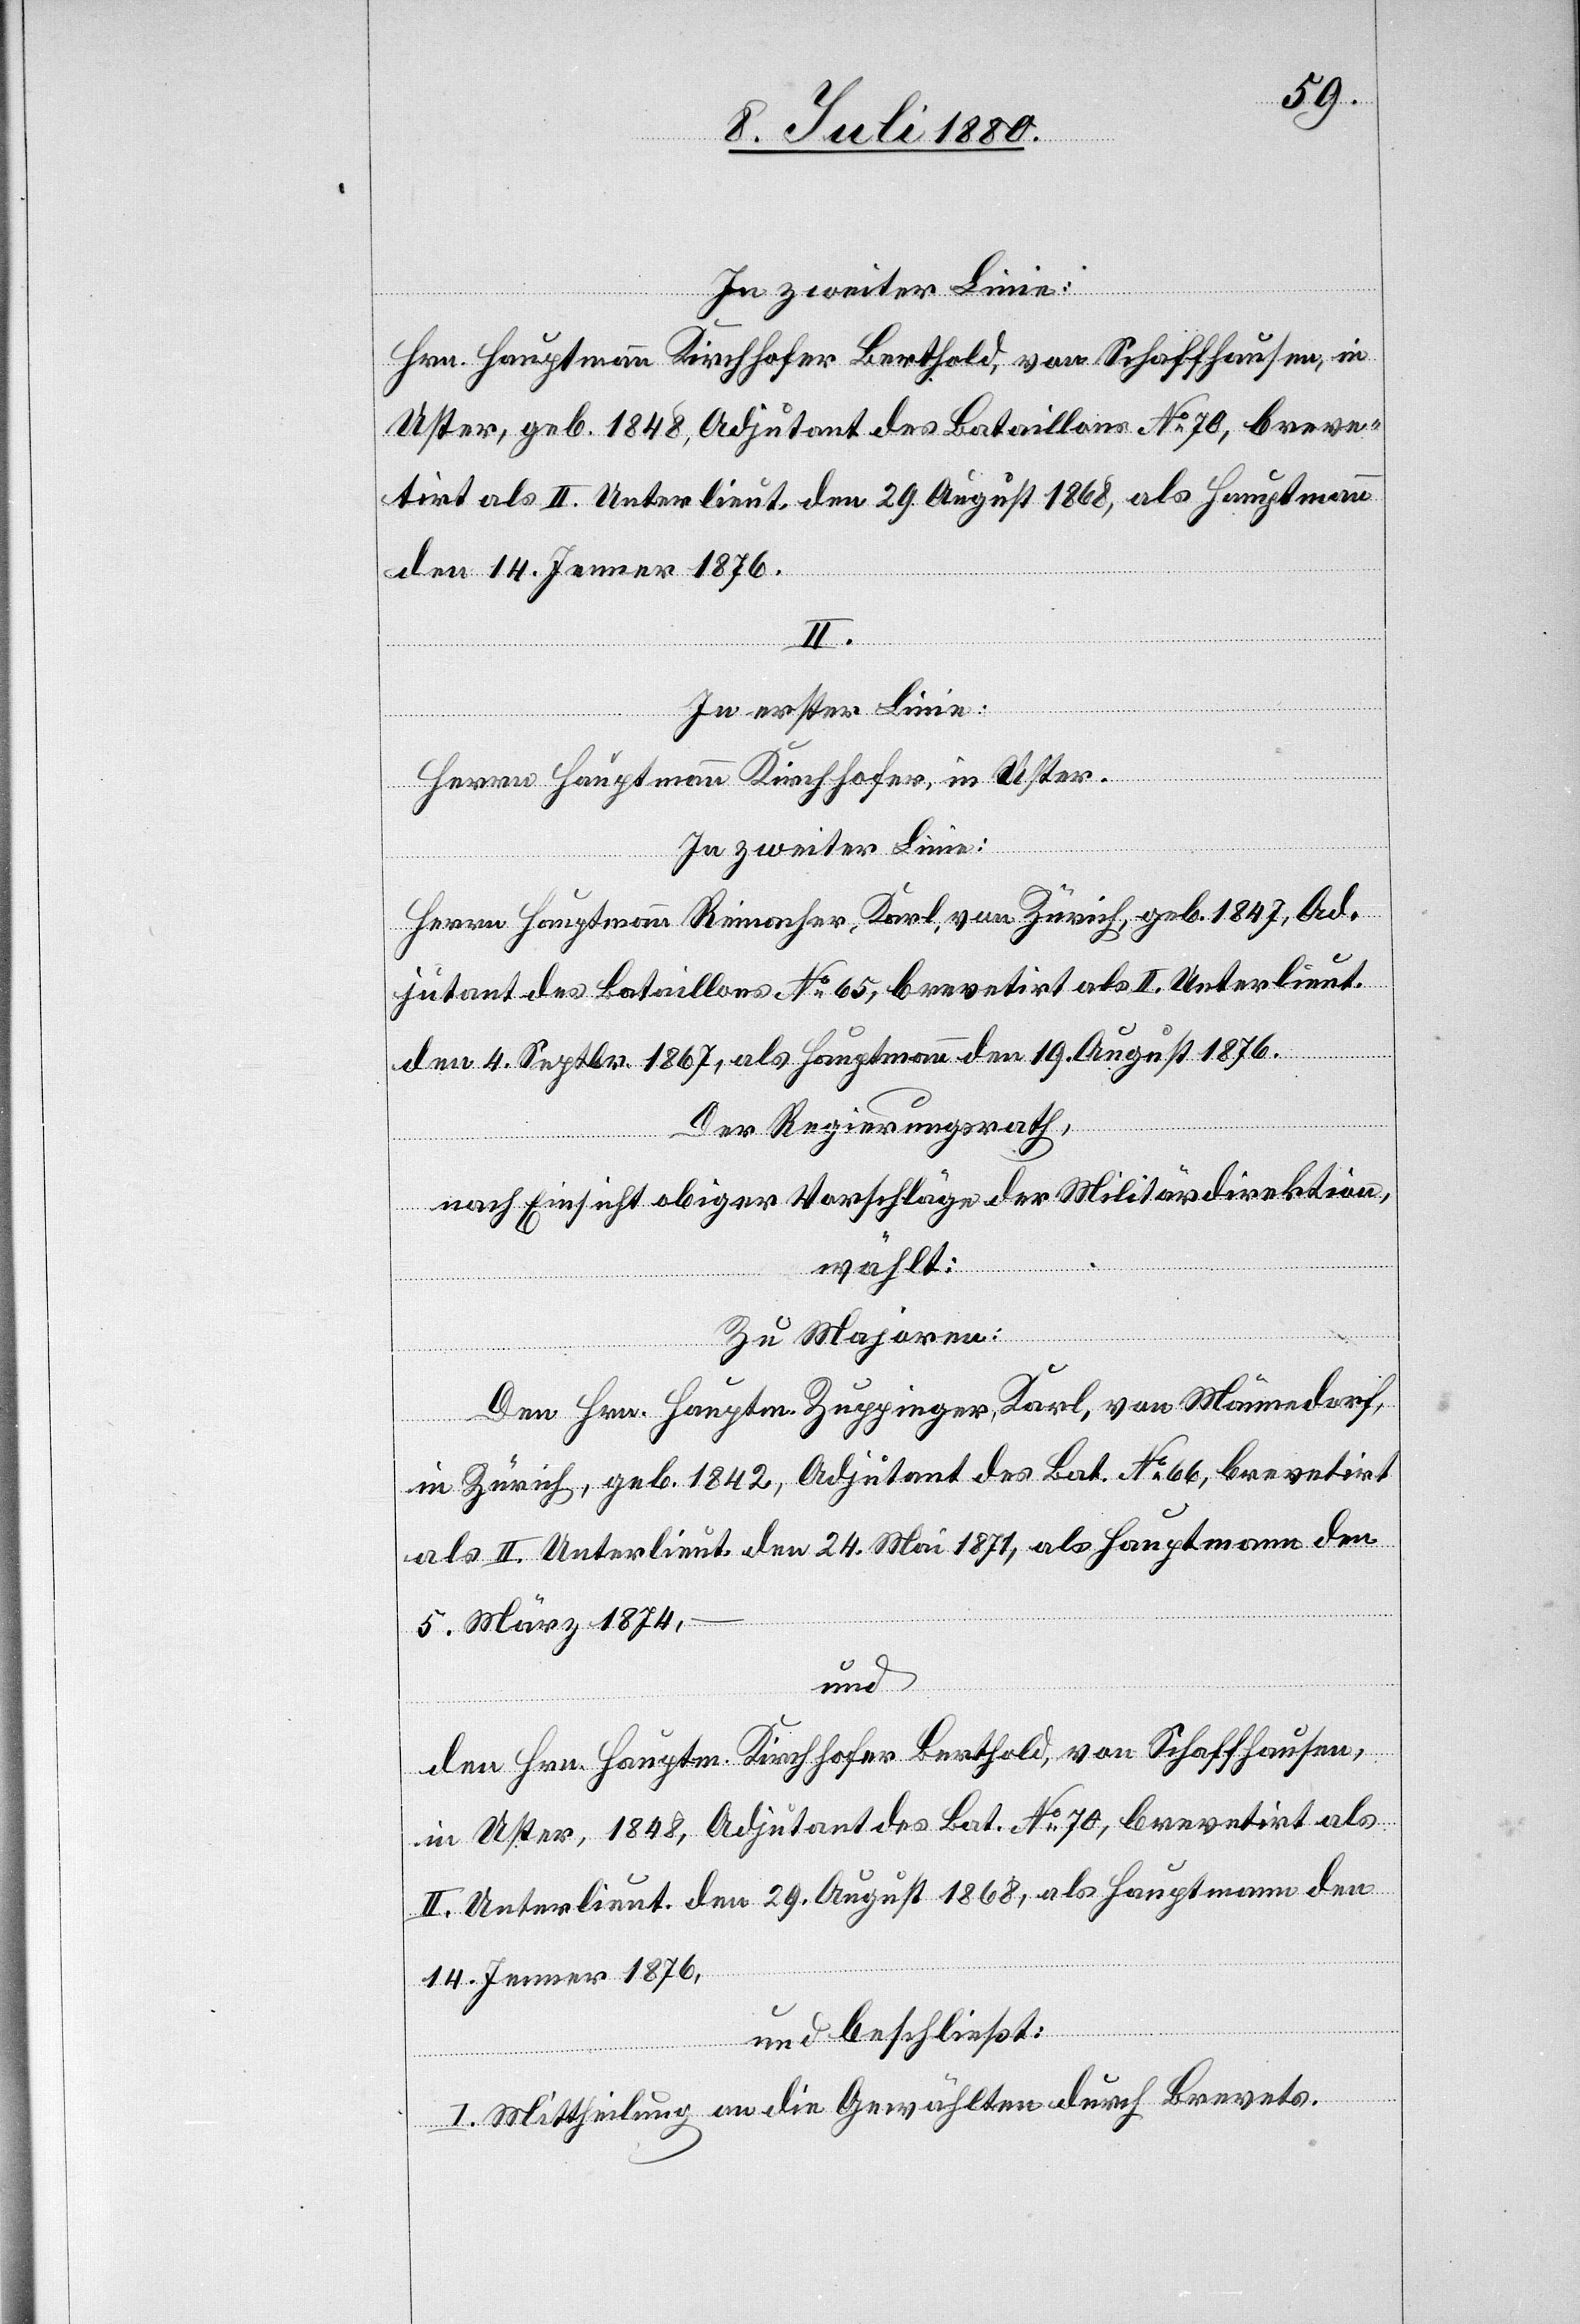
In zweiter Linie:
Hrn. Hauptmann Kirchhofer Berthold, von Schaffhausen, in
Uster, geb. 1848, Adjutant des Bataillons No 70, breve¬
tirt als II. Unterlieut. den 29. August 1868, als Hauptmann
den 14. Jenner 1876.
II.
In erster Linie:
Herren Hauptmann Kirchhofer, in Uster.
In zweiter Linie:
Herrn Hauptmann Reinacher, Karl, von Zürich, geb. 1847, Ad¬
jutant des Bataillons No 65, brevetirt als II. Unterlieut.
den 4. Septbr. 1867, als Hauptmann den 19. August 1876.
Der Regierungsrath,
nach Einsicht obiger Vorschläge der Militärdirektion,
wählt:
Zu Majoren:
Den Hrn. Hauptm. Zuppinger, Karl, von Männedorf,
in Zürich, geb. 1842, Adjutant des Bat. No 66, brevetirt
als II. Unterlieut. den 24. Mai 1871, als Hauptmann den
5. März 1874.
und
den Hrn. Hauptm. Kirchhofer Berthold, von Schaffhausen,
in Uster, 1848, Adjutant des Bat. No 70, brevetirt als
II. Unterlieut. den 29. August 1868, als Hauptmann den
14. Jenner 1876,
und beschließt:
I. Mittheilung an die Gewählten durch Brevets.